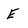
Character: E